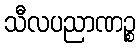
သီလပညာဏဉ္စ